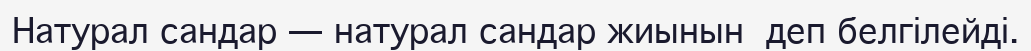
Натурал сандар — натурал сандар жиынын  деп белгілейді.